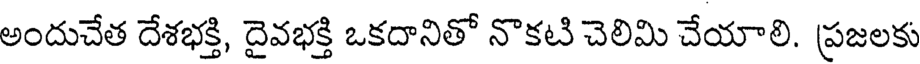
అందుచేత దేశభక్తి, దైవభక్తి ఒకదానితో నొకటి చెలిమి చేయాలి. ప్రజలకు